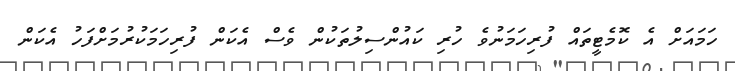
ހަމައަށް އެ ކޮމެޓީތައް ފުރިހަމަނުވެ ހުރި ކައުންސިލުތަކުން ވެސް އެކަން ފުރިހަމަކުރުމަށްފަހު އެކަން